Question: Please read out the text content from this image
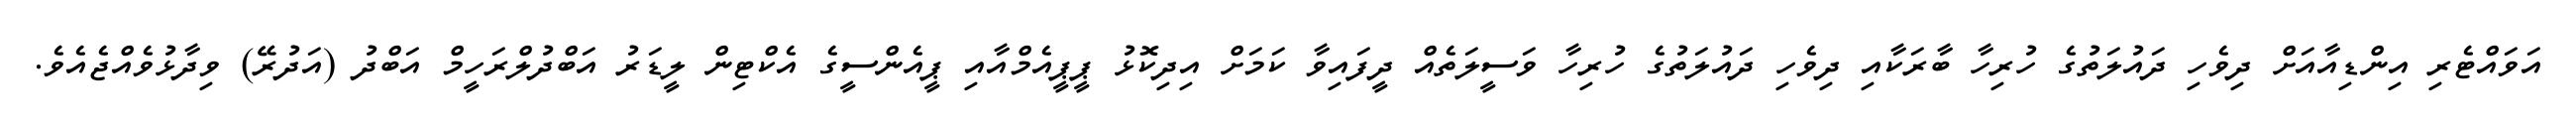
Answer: އަވައްޓެރި އިންޑިއާއަށް ދިވެހި ދައުލަތުގެ ހުރިހާ ބާރަކާއި ދިވެހި ދައުލަތުގެ ހުރިހާ ވަސީލަތެއް ދީފައިވާ ކަމަށް އިދިކޮޅު ޕީޕީއެމްއާއި ޕީއެންސީގެ އެކްޓިން ލީޑަރު އަބްދުލްރަހީމް އަބްދު (އަދުރޭ) ވިދާޅުވެއްޖެއެވެ.